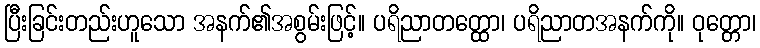
ပြီးခြင်းတည်းဟူသော အနက်၏အစွမ်းဖြင့်။ ပရိညာတတ္ထော၊ ပရိညာတအနက်ကို။ ဝုတ္တော၊